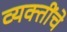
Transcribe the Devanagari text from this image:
व्‍यक्‍तींचे